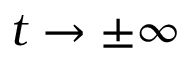
t \rightarrow \pm \infty